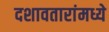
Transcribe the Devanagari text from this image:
दशावतारांमध्ये